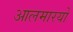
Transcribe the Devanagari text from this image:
आलमारयों